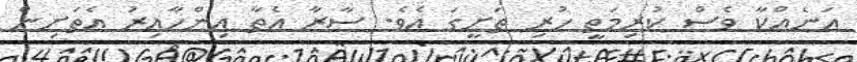
އަނެއްކާ ވެސް ކުރިމަތީ ހުރި ތަށީގަ އެވެ. ސާރާ އެތާ އިންހާއިރު އެތަށިން